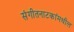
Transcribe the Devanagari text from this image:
संगीतनाटकांमधील